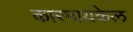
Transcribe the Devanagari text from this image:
कारमायकेल